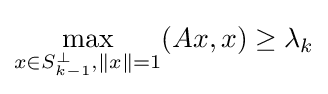
\max _{x\in S_{k-1}^{\perp },\|x\|=1}(Ax,x)\geq \lambda _{k}